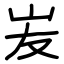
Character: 𡵢